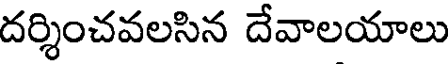
దర్శించవలసిన దేవాలయాలు